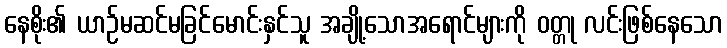
နေစိုး၏ ယာဉ်မဆင်မခြင်မောင်းနှင်သူ အချို့သောအရောင်များကို ဝတ္တု လင်းဖြစ်နေသော